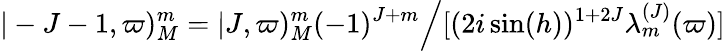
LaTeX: \vert-J-1,\varpi)_{M}^{m}=\vert J,\varpi)_{M}^{m}(-1)^{J+m}\Bigl/[(2i\sin(h))^{1+2J}\lambda_{m}^{(J)}(\varpi)]